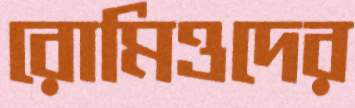
রোমিওদের